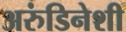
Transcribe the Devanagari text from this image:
अरुंडिनेशी